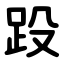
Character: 䟝